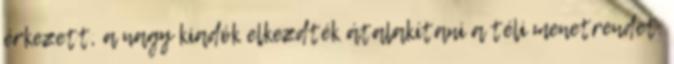
érkezett, a nagy kiadók elkezdték átalakítani a téli menetrendet.